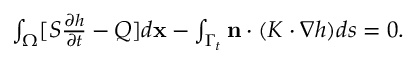
\begin{array} { r } { \int _ { \Omega } [ S \frac { \partial h } { \partial t } - Q ] d \mathbf { x } - \int _ { \Gamma _ { t } } \mathbf { n } \cdot ( K \cdot \nabla h ) d s = 0 . } \end{array}